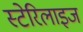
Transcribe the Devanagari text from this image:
स्टेरिलाइज